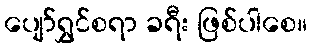
ပျော်ရွှင်စရာ ခရီး ဖြစ်ပါစေ။